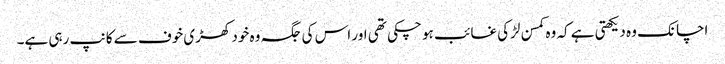
اچانک وہ دیکھتی ہے کہ وہ کمسن لڑکی غائب ہو چکی تھی اور اس کی جگہ وہ خود کھڑی خوف سے کانپ رہی ہے۔